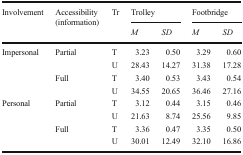
| <ROWSPAN=2> Involvement | <ROWSPAN=2> Accessibility (information) | <ROWSPAN=2> Tr | <COLSPAN=2> Trolley | <COLSPAN=2> Footbridge |
 | M | SD | M | SD |
 | --- | --- | --- | --- | --- | --- | --- |
 | <ROWSPAN=4> Impersonal | <ROWSPAN=2> Partial | T | 3.23 | 0.50 | 3.29 | 0.60 |
 | U | 28.43 | 14.27 | 31.38 | 17.28 |
 | <ROWSPAN=2> Full | T | 3.40 | 0.53 | 3.43 | 0.54 |
 | U | 34.55 | 20.65 | 36.46 | 27.16 |
 | <ROWSPAN=4> Personal | <ROWSPAN=2> Partial | T | 3.12 | 0.44 | 3.15 | 0.46 |
 | U | 21.63 | 8.74 | 25.56 | 9.85 |
 | <ROWSPAN=2> Full | T | 3.36 | 0.47 | 3.35 | 0.50 |
 | U | 30.01 | 12.49 | 32.10 | 16.86 |